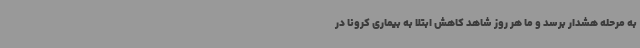
به مرحله هشدار برسد و ما هر روز شاهد کاهش ابتلا به بیماری کرونا در